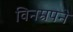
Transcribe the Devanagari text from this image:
विनम्रपने